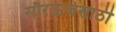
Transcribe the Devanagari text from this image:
सौरऊर्जेसाठी